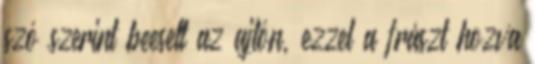
szó szerint beesett az ajtón, ezzel a frászt hozva